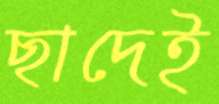
ছাদেই